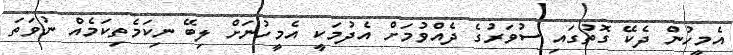
އެމީހުން ދެކޭ ގޮތުގައި ސުވަރުގެ ދެއްވުމަށް އެދުމަކީ އެމީހުނަށް ލިބޭ ނިކަމެތިކަމެއް ނުވަތަ